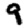
Digit: 9